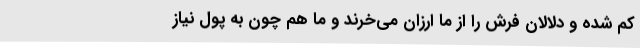
کم شده و دلالان فرش را از ما ارزان می‌خرند و ما هم چون به پول نیاز